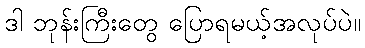
ဒါ ဘုန်းကြီးတွေ ပြောရမယ့်အလုပ်ပဲ။